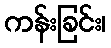
ကန်းခြင်း၊